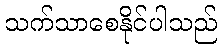
သက်သာစေနိုင်ပါသည်